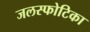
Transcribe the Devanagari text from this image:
जलस्फोटिका